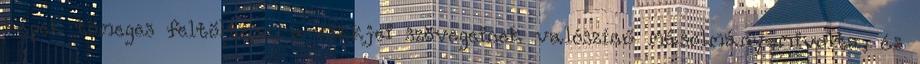
képek tömeges feltöltése, a cikkjei szövegeinek valószínű másolmány-mivolta, és